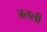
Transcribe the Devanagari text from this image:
जलली